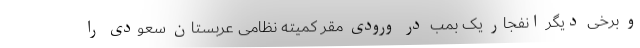
و برخی دیگر انفجار یک بمب در ورودی مقر کمیته نظامی عربستان سعودی را